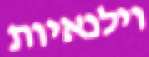
וילנאיות